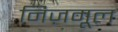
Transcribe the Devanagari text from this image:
निज़मूल